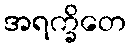
အရက္ခိတေ